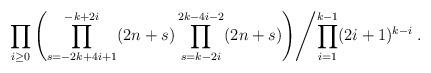
LaTeX: \begin{align*} \left.\prod_{i\ge 0} \left( \prod_{s=-2k+4i+1}^{-k+2i}(2n+s)\prod_{s=k-2i}^{2k-4i-2}(2n+s) \right) \middle/ \prod_{i=1}^{k-1} (2i+1)^{k-i} \right. .\end{align*}